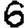
Digit: 6